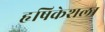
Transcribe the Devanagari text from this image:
हृषिकेशला